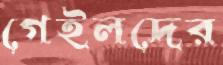
গেইলদের